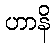
ဟာနိ